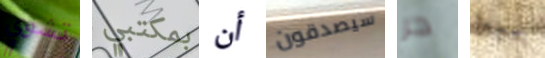
تشوي بمكتبي أن سيصدقون حر يعبروا